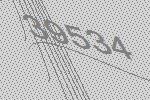
39534